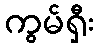
ကွမ်ရှီး